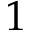
1